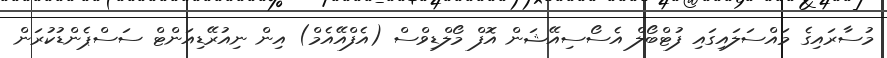
މުސާރައިގެ މައްސަލައިގައި ފުޓްބޯލް އެސޯސިއޭޝަން އޮފް މޯލްޑިވްސް (އެފްއޭއެމް) އިން ނިއުރޭޑިއަންޓް ސަސްޕެންޑުކުރަން